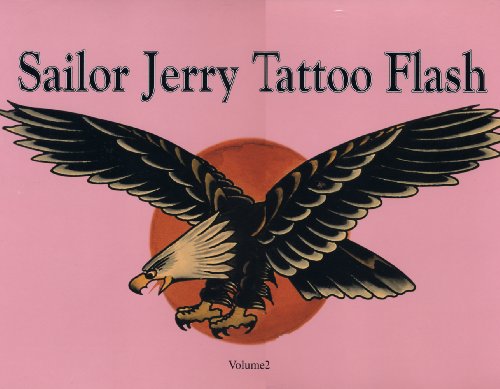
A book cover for Sailor Jerry Tattoo Flash, Vol. 2; Don Ed Hardy; Arts & Photography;